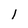
Character: l